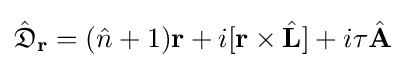
{\hat {\mathfrak {D}}}_{\mathbf {r} }=({\hat {n}}+1)\mathbf {r} +i[\mathbf {r} \times {\hat {\mathbf {L} }}]+i\tau {\hat {\mathbf {A} }}